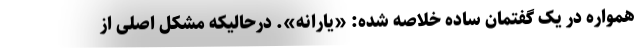
همواره در یک گفتمان ساده خلاصه شده: «یارانه». درحالیکه مشکل اصلی از